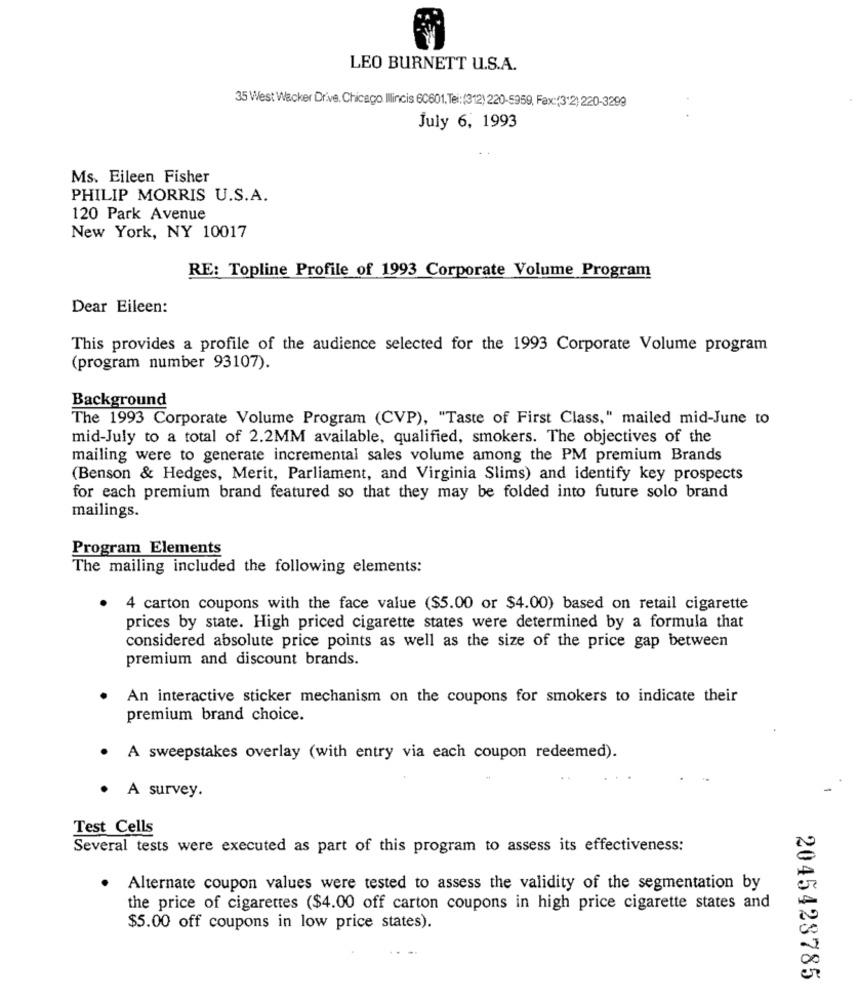
LEO BURNETT U.S.A.
35 West Wacker Drive. Chicago Illincis 60601. Tel:(312) 220-5959, Fax:(3+2) 220-3299
July 6, 1993
Ms. Eileen Fisher
PHILIP MORRIS U.S.A.
120 Park Avenue
New York, NY 10017
RE: Topline Profile of 1993 Corporate Volume Program
Dear Eileen:
This provides a profile of the audience selected for the 1993 Corporate Volume program
(program number 93107).
Background
The 1993 Corporate Volume Program (CVP), "Taste of First Class," mailed mid-June to
mid-July to a total of 2.2MM available, qualified, smokers. The objectives of the
mailing were to generate incremental sales volume among the PM premium Brands
(Benson & Hedges, Merit, Parliament, and Virginia Slims) and identify key prospects
for each premium brand featured so that they may be folded into future solo brand
mailings.
Program Elements
The mailing included the following elements:
4 carton coupons with the face value ($5.00 or $4.00) based on retail cigarette
prices by state. High priced cigarette states were determined by a formula that
considered absolute price points as well as the size of the price gap between
premium and discount brands.
An interactive sticker mechanism on the coupons for smokers to indicate their
premium brand choice.
. A sweepstakes overlay (with entry via each coupon redeemed).
· A survey.
Test Cells
Several tests were executed as part of this program to assess its effectiveness:
Alternate coupon values were tested to assess the validity of the segmentation by
the price of cigarettes ($4.00 off carton coupons in high price cigarette states and
$5.00 off coupons in low price states).
2045428785